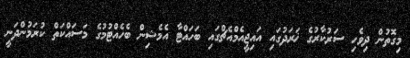
މިގޮތުން ދިވެހި ސަރުކާރުގެ ޚަރަދުގައި އައިޖީއެމްއެޗްގައި ބަހައްޓާ އެމެޝިން ބެހެއްޓުމުގެ މަސައްކަތް ކުރަމުންދަނީ